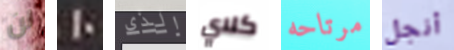
لن 10 الذي كلاي مرتاحه أنجل